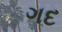
ગદ